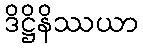
ဒိဋ္ဌိနိဿယာ